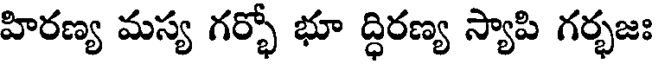
హిరణ్య మస్య గర్భో భూ ద్ధిరణ్య స్యాపి గర్భజః